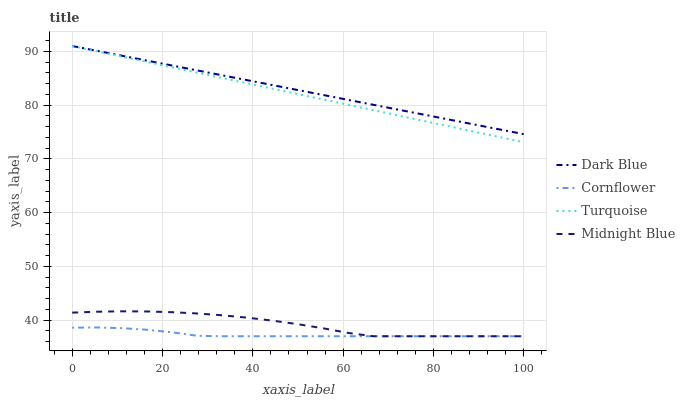
| xaxis_label | Dark Blue | Cornflower | Turquoise | Midnight Blue |
 | --- | --- | --- | --- | --- |
 | 0 | 91 | 38.6 | 91 | 41.4 |
 | 5.56 | 90.1 | 38.6 | 90 | 41.6 |
 | 11.1 | 89.2 | 38.5 | 89 | 41.6 |
 | 16.7 | 88.3 | 38.2 | 88 | 41.6 |
 | 22.2 | 87.4 | 37.7 | 87 | 41.5 |
 | 27.8 | 86.4 | 37.1 | 86 | 41.2 |
 | 33.3 | 85.5 | 37 | 85 | 40.9 |
 | 38.9 | 84.6 | 37 | 84 | 40.4 |
 | 44.4 | 83.7 | 37 | 83 | 39.9 |
 | 50 | 82.8 | 37 | 82 | 39.2 |
 | 55.6 | 81.9 | 37 | 81.1 | 38.5 |
 | 61.1 | 81 | 37 | 80.1 | 37.6 |
 | 66.7 | 80.1 | 37 | 79.1 | 37 |
 | 72.2 | 79.2 | 37 | 78.1 | 37 |
 | 77.8 | 78.2 | 37 | 77.1 | 37 |
 | 83.3 | 77.3 | 37 | 76.1 | 37 |
 | 88.9 | 76.4 | 37 | 75.1 | 37 |
 | 94.4 | 75.5 | 37 | 74.1 | 37 |
 | 100 | 74.6 | 37 | 73.1 | 37 |